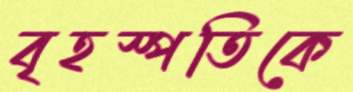
বৃহস্পতিকে